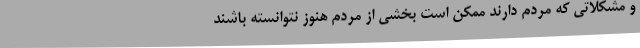
و مشکلاتی که مردم دارند ممکن است بخشی از مردم هنوز نتوانسته باشند